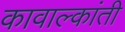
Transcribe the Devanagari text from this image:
कावाल्कांती